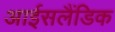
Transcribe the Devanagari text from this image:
आईसलैंडिक